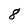
Character: 8